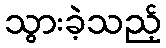
သွားခဲ့သည့်